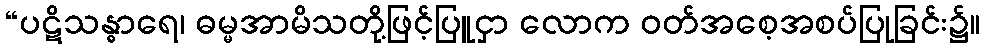
“ပဋိသန္ဓာရေ၊ ဓမ္မအာမိသတို့ဖြင့်ပြူငှာ လောက ဝတ်အစေ့အစပ်ပြုခြင်း၌။